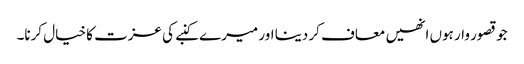
جو قصور وار ہوں انھیں معاف کر دینا اور میرے کنبے کی عزت کا خیال کرنا۔